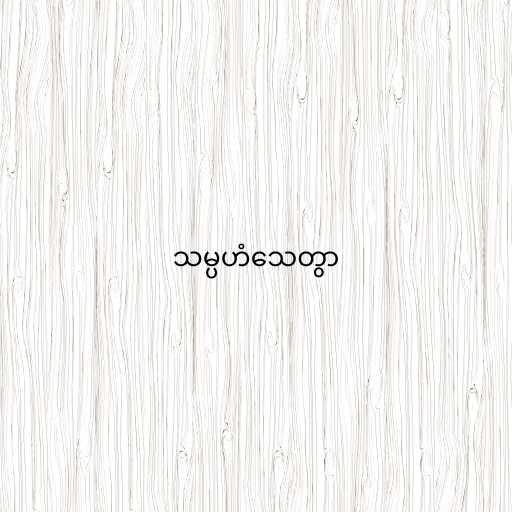
သမ္ပဟံသေတွာ